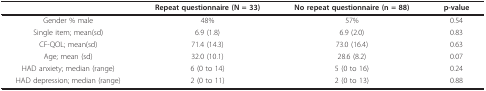
<table><thead><tr><td></td><td><b>Repeat questionnaire (N = 33)</b></td><td><b>No repeat questionnaire (n = 88)</b></td><td><b>p-value</b></td></tr></thead><tbody><tr><td>Gender % male</td><td>48%</td><td>57%</td><td>0.54</td></tr><tr><td>Single item; mean(sd)</td><td>6.9 (1.8)</td><td>6.9 (2.0)</td><td>0.83</td></tr><tr><td>CF-QOL; mean(sd)</td><td>71.4 (14.3)</td><td>73.0 (16.4)</td><td>0.63</td></tr><tr><td>Age; mean (sd)</td><td>32.0 (10.1)</td><td>28.6 (8.2)</td><td>0.07</td></tr><tr><td>HAD anxiety; median (range)</td><td>6 (0 to 14)</td><td>5 (0 to 16)</td><td>0.24</td></tr><tr><td>HAD depression; median (range)</td><td>2 (0 to 11)</td><td>2 (0 to 13)</td><td>0.88</td></tr></tbody></table>